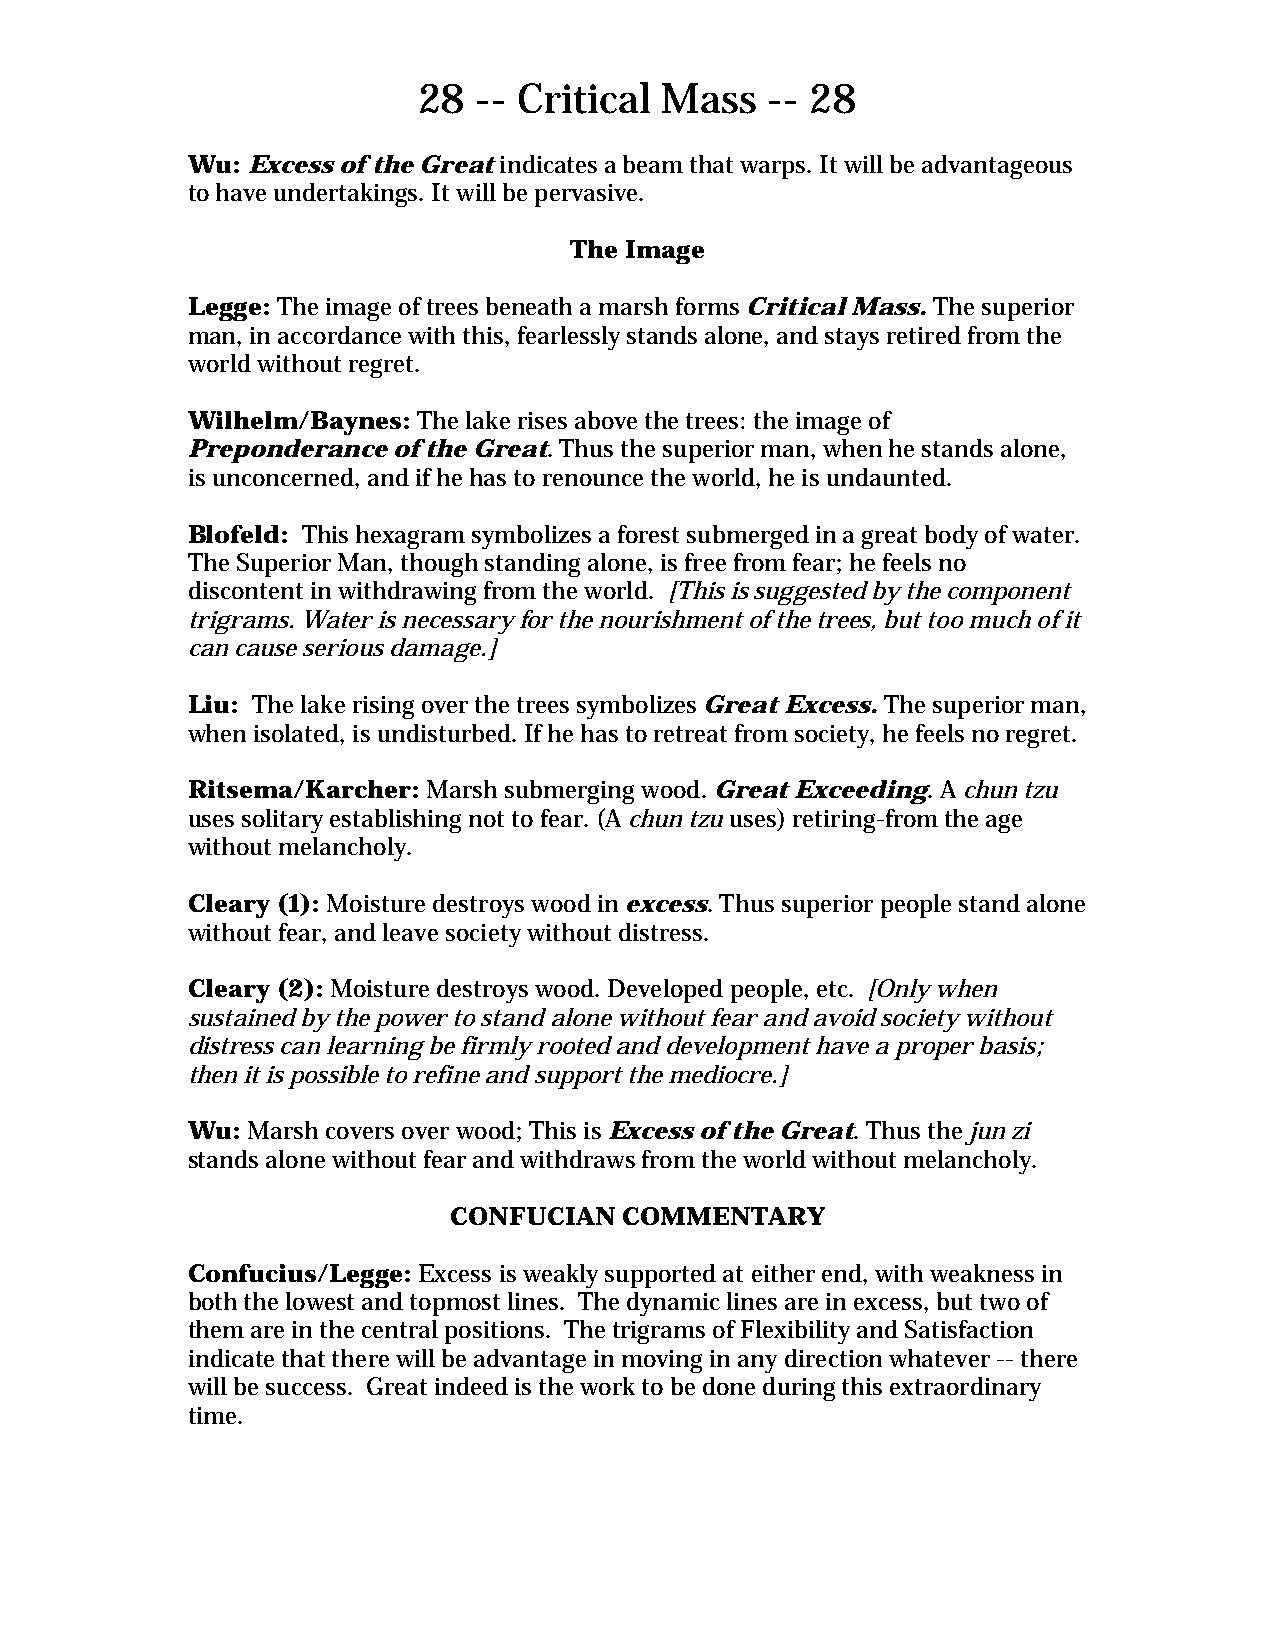
28  -- Critical Mass   -- 28
 Wu: Excess of the Great indicates a beam that warps. It will be advantageous
 to have undertakings. It will be pervasive.
 The Image
 Legge: The image of trees beneath a marsh forms Critical Mass. The superior
 man, in accordance with this, fearlessly stands alone, and stays retired from the
 world without regret.
 Wilhelm/Baynes: The lake rises above the trees: the image of
 Preponderance of the Great. Thus the superior man, when he stands alone,
 is unconcerned, and if he has to renounce the world, he is undaunted.
 Blofeld: This hexagram symbolizes a forest submerged in a great body of water.
 The Superior Man, though standing alone, is free from fear; he feels no
 discontent in withdrawing from the world. [This is suggested by the component
 trigrams. Water is necessary for the nourishment of the trees, but too much of it
 can cause serious damage.]
 Liu: The lake rising over the trees symbolizes Great Excess. The superior man,
 when isolated, is undisturbed. If he has to retreat from society, he feels no regret.
 Ritsema/Karcher: Marsh submerging wood. Great Exceeding. A chun tzu
 uses solitary establishing not to fear. (A chun tzu uses) retiring-from the age
 without melancholy.
 Cleary (1): Moisture destroys wood in excess. Thus superior people stand alone
 without fear, and leave society without distress.
 Cleary (2): Moisture destroys wood. Developed people, etc. [Only when
 sustained by the power to stand alone without fear and avoid society without
 distress can learning be firmly rooted and development have a proper basis;
 then it is possible to refine and support the mediocre.]
 Wu: Marsh covers over wood; This is Excess of the Great. Thus the jun zi
 stands alone without fear and withdraws from the world without melancholy.
 CONFUCIAN  COMMENTARY
 Confucius/Legge: Excess is weakly supported at either end, with weakness in
 both the lowest and topmost lines. The dynamic lines are in excess, but two of
 them are in the central positions. The trigrams of Flexibility and Satisfaction
 indicate that there will be advantage in moving in any direction whatever -- there
 will be success. Great indeed is the work to be done during this extraordinary
 time.